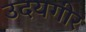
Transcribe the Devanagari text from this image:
उदयगीर